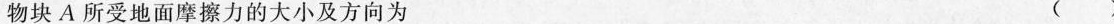
物块A所受地面摩擦力的大小及方向为 ()